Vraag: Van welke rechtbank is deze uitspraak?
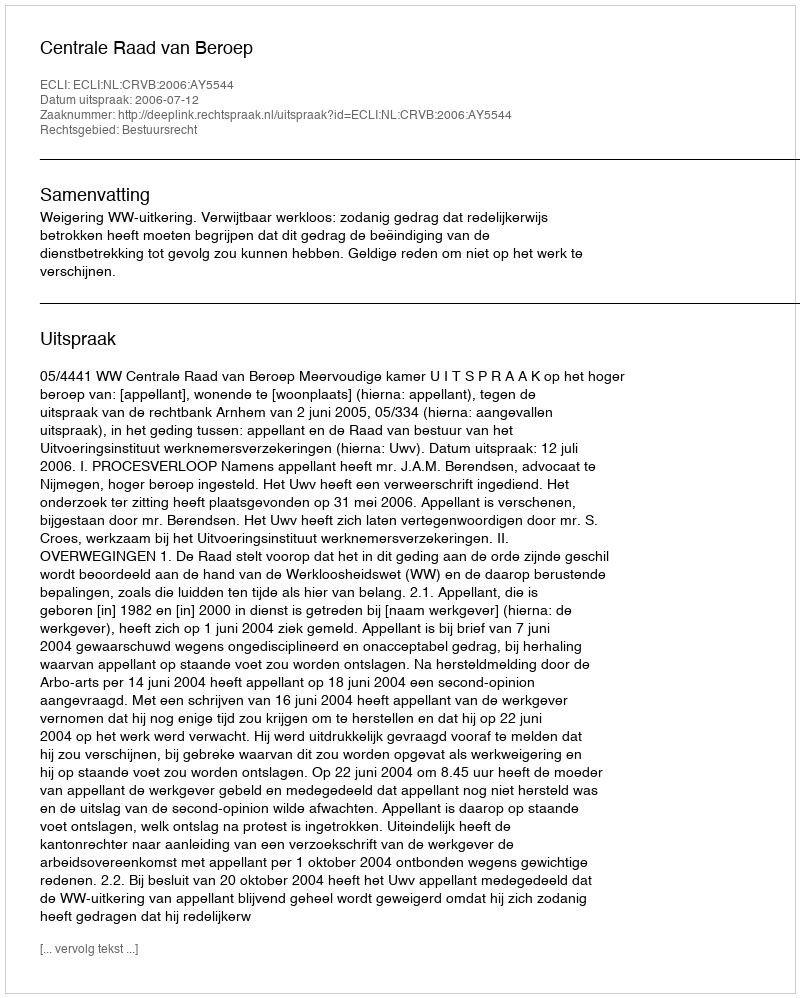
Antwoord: Centrale Raad van Beroep